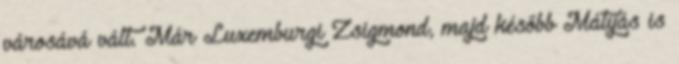
városává vált. Már Luxemburgi Zsigmond, majd később Mátyás is